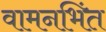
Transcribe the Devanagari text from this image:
वामनभिंत